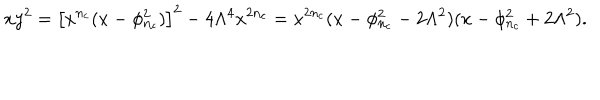
x y ^ { 2 } = \left[ x ^ { n _ { c } } ( x - \phi _ { n _ { c } } ^ { 2 } ) \right] ^ { 2 } - 4 \Lambda ^ { 4 } x ^ { 2 n _ { c } } = x ^ { 2 n _ { c } } ( x - \phi _ { n _ { c } } ^ { 2 } - 2 \Lambda ^ { 2 } ) ( x - \phi _ { n _ { c } } ^ { 2 } + 2 \Lambda ^ { 2 } ) .